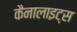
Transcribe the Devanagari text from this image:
कैनालाइट्स